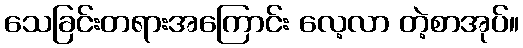
သေခြင်းတရားအကြောင်း လေ့လာ တဲ့စာအုပ်။